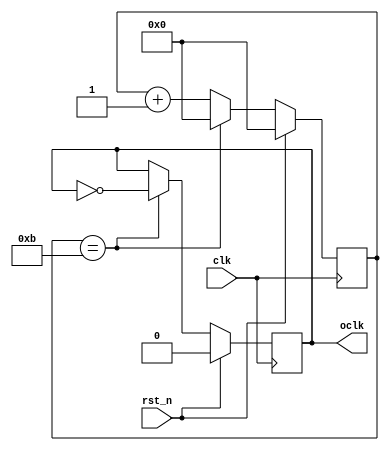
//24  24x divider by default
module clk_did (
    input clk,
    input rst_n,
    output reg oclk
);
    
parameter N = 24;
reg [31:0] cnt;

initial begin
    cnt = 0;
    oclk = 0;
end

always @(posedge clk) begin
    if(rst_n)
    begin
        cnt <= 0;
        oclk <= 0;           
    end
    else if(cnt == N/2 - 1)
    begin
        oclk <= ~oclk;
        cnt <= 0;
    end
    else cnt <= cnt + 1'b1;
end

endmodule